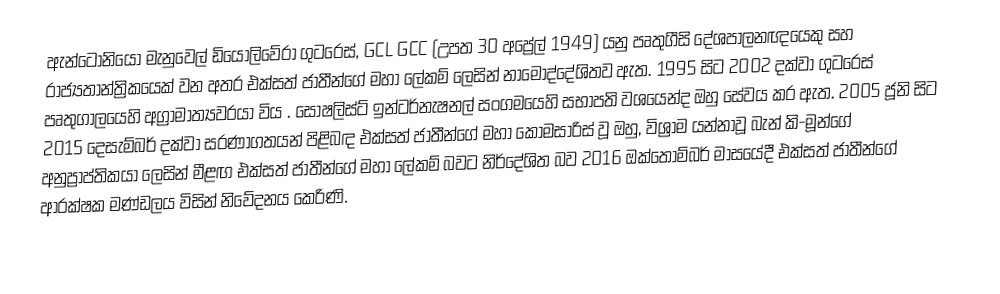
ඇන්ටෝනියෝ මැනුවෙල් ඩියොලිවේරා ගුටරෙස්, GCL GCC (උපත 30 අප්‍රේල් 1949) යනු පෘතුගීසි දේශපාලනඥයෙකු සහ රාජ්‍යතාන්ත්‍රිකයෙක් වන අතර  එක්සත් ජාතීන්ගේ මහා ලේකම් ලෙසින් නාමෝද්දේශිතව ඇත. 1995 සිට 2002 දක්වා ගුටරෙස් පෘතුගාලයෙහි අග්‍රාමාත්‍යවරයා විය . සෝෂලිස්ට් ඉන්ටර්නැෂනල් සංගමයෙහි සභාපති වශයෙන්ද ඔහු සේවය කර ඇත. 2005 ජූනි සිට 2015 දෙසැම්බර් දක්වා සරණාගතයන් පිළිබඳ එක්සත් ජාතීන්ගේ මහා කොමසාරිස් වූ ඔහු, විශ්‍රාම යන්නාවූ  බැන් කි-මූන්ගේ අනුප්‍රාප්තිකයා ලෙසින් මීළඟ එක්සත් ජාතීන්ගේ මහා ලේකම් බවට නිර්දේශිත බව 2016 ඔක්තොම්බර් මාසයේදී එක්සත් ජාතීන්ගේ ආරක්ෂක මණ්ඩලය විසින් නිවේදනය කෙරිණි.